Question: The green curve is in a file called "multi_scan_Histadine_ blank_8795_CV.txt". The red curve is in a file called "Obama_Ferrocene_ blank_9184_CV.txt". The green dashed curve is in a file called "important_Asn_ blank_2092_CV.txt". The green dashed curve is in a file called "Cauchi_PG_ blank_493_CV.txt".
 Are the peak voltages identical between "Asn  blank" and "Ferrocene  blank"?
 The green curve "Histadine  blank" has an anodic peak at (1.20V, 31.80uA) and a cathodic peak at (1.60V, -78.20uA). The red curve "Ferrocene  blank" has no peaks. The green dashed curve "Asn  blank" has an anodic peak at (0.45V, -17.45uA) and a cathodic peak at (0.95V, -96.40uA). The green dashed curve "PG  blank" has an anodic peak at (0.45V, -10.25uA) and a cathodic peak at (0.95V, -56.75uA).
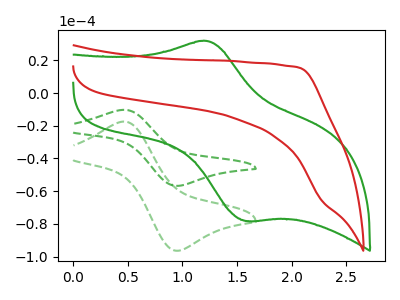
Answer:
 <answer>No, "Asn  blank" and "Ferrocene  blank" have a different number of peaks.</answer>
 <eval>different_amount</eval>